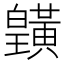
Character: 𪏓